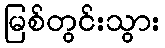
မြစ်တွင်းသွား